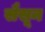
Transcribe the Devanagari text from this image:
सैसून